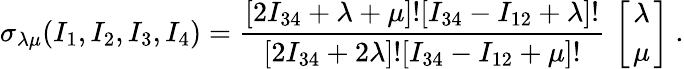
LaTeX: \sigma_{\lambda\mu}(I_{1},I_{2},I_{3},I_{4})={\frac{[2I_{34}+\lambda+\mu]![I_{34}-I_{12}+\lambda]!}{[2I_{34}+2\lambda]![I_{34}-I_{12}+\mu]!}}\, \left[{\lambda\atop\mu}\right]\ .